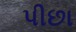
પીછા